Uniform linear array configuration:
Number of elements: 12
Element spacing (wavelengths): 0.75
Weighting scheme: hann
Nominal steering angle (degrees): -15
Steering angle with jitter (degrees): -13.966
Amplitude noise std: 0.05
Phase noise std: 0.05

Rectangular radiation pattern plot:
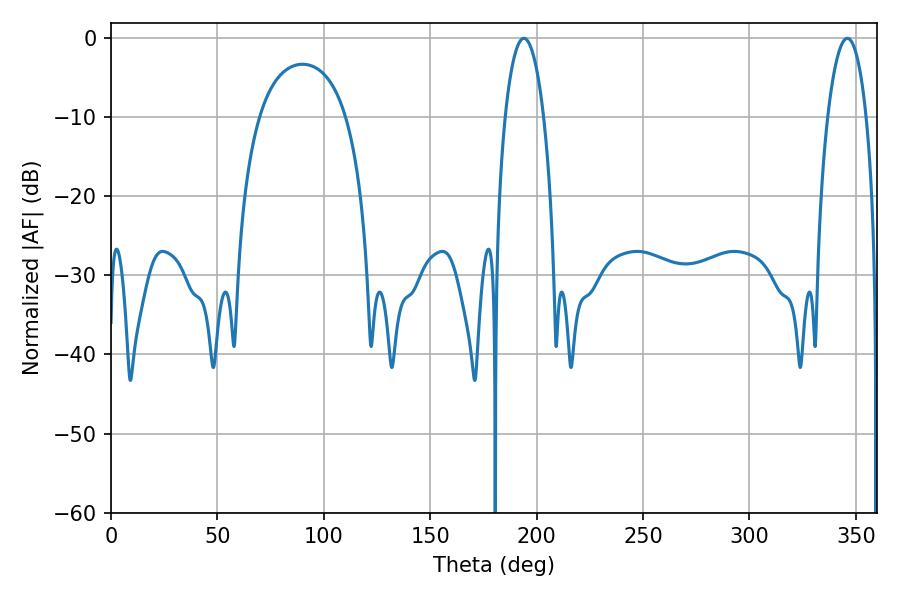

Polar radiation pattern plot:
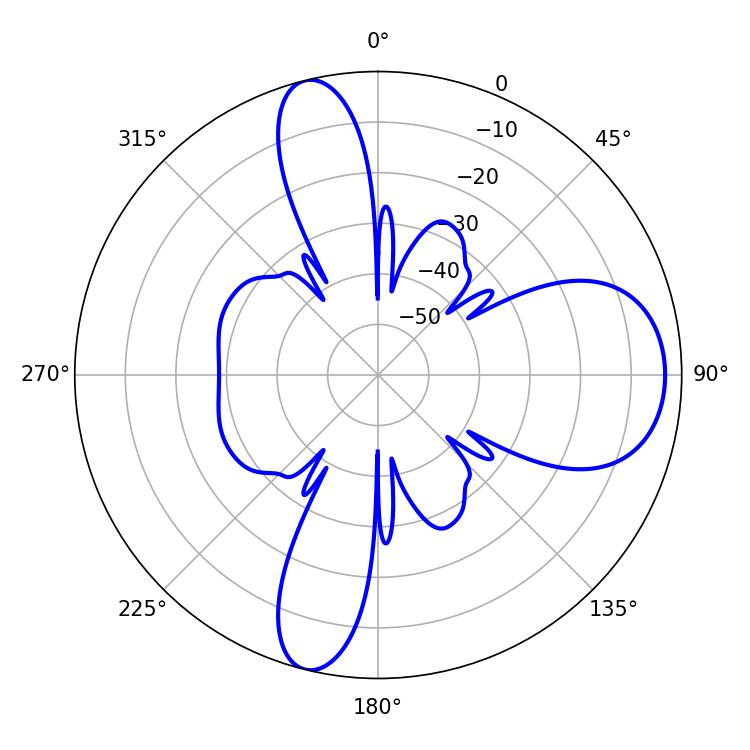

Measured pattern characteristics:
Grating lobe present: TRUE
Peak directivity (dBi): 11.415
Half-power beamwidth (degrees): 10.08
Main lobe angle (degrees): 194.04